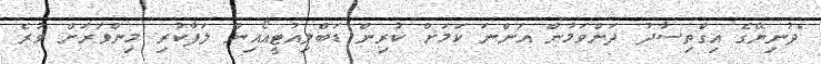
"ދުނިޔޭގެ އިގްތިސާދު ދަށްވަމުން އަންނަ ކަމަށް ކުރިން ޑަބްލިއުޓީއޯއިން ލަފާކުރި މިންވަރަށް ވުރެ